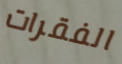
الفقرات